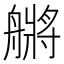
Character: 䒂